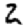
Digit: 2